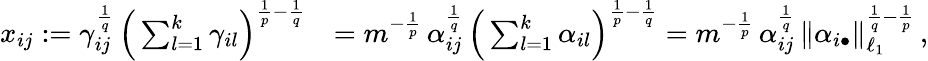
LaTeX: \begin{array}{rl}{x_{ij}:=\gamma_{ij}^{\frac{1}{q}}\, \Big(\sum_{l=1}^{k}\gamma_{il}\Big)^{\frac{1}{p}-\frac{1}{q}}}&{=m^{-\frac{1}{p}}\, \alpha_{ij}^{\frac{1}{q}}\, \Big(\sum_{l=1}^{k}\alpha_{il}\Big)^{\frac{1}{p}-\frac{1}{q}}=m^{-\frac{1}{p}}\, \alpha_{ij}^{\frac{1}{q}}\, \| \alpha_{i\bullet}\| _{\ell_{1}}^{\frac{1}{q}-\frac{1}{p}}\, ,}\end{array}